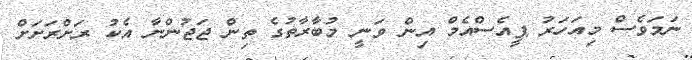
ނަމަވެސް މިއަހަރު ޕީއެސްއެމް އިން ވަނީ މުބާރާތުގެ ތިން ޖަޖުންނާ އެކު ރަށްރަށަށް